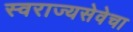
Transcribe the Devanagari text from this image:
स्वराज्यसेवेचा